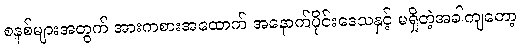
စနစ်များအတွက် အားကစားအထောက် အနောက်ပိုင်းဒေသနှင့် မရှိတဲ့အခါကျတော့